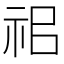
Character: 𥘰